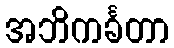
အဘိကင်္ခတာ